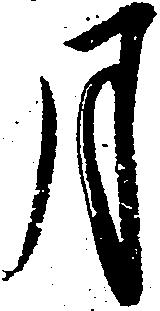
月